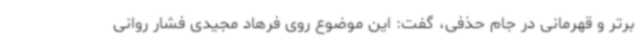
برتر و قهرمانی در جام حذفی، گفت: این موضوع روی فرهاد مجیدی فشار روانی